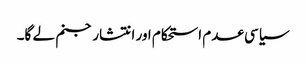
سیاسی عدم استحکام اور انتشار جنم لے گا۔